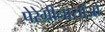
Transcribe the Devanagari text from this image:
पेरेग्रीनासाँओ